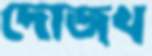
দোজখ